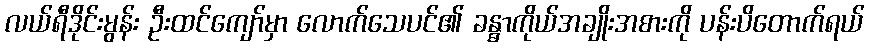
လယ်ရီဒိုင်းမွန်း ဦးထင်ကျော်မှာ လောက်သေပင်၏ ခန္ဓာကိုယ်အချိုးအစားကို ပန်းပိတောက်ရယ်